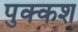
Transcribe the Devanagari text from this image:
पुक्कश